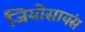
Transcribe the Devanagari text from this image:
जियोसायंस